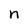
Character: n